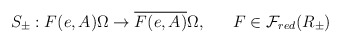
\begin{align*}S_\pm: F(e,A) \Omega \rightarrow \overline{F(e,A)} \Omega ,~~~~~ F \in {\cal F}_{red}(R_\pm)\end{align*}